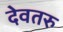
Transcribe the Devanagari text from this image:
देवतरु